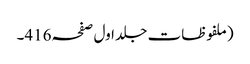
(ملفوظات جلد اول صفحہ416۔